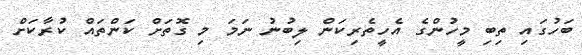
ބަހުގައި ތިބި މީހުންގެ އެހީތެރިކަން ލިބުނު ނަމަ މި ގޮތަށް ކަންތައް ކުރާކަށް